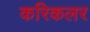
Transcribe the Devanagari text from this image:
करिकलर